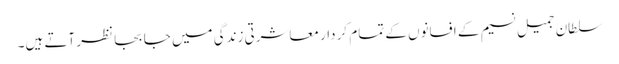
سلطان جمیل نسیم کے افسانوں کے تمام کر دار معاشرتی زندگی میں جا بجا نظر آتے ہیں۔